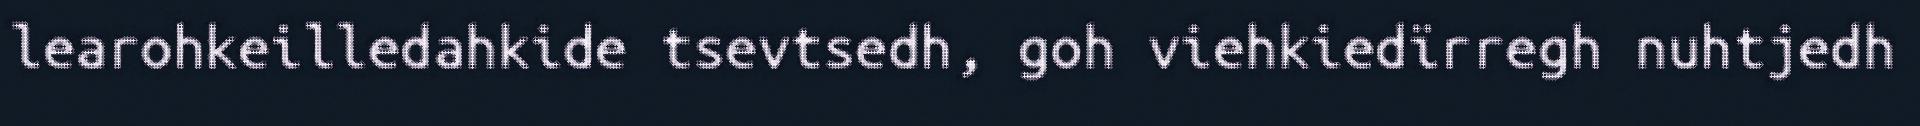
learohkeilledahkide tsevtsedh, goh viehkiedïrregh nuhtjedh